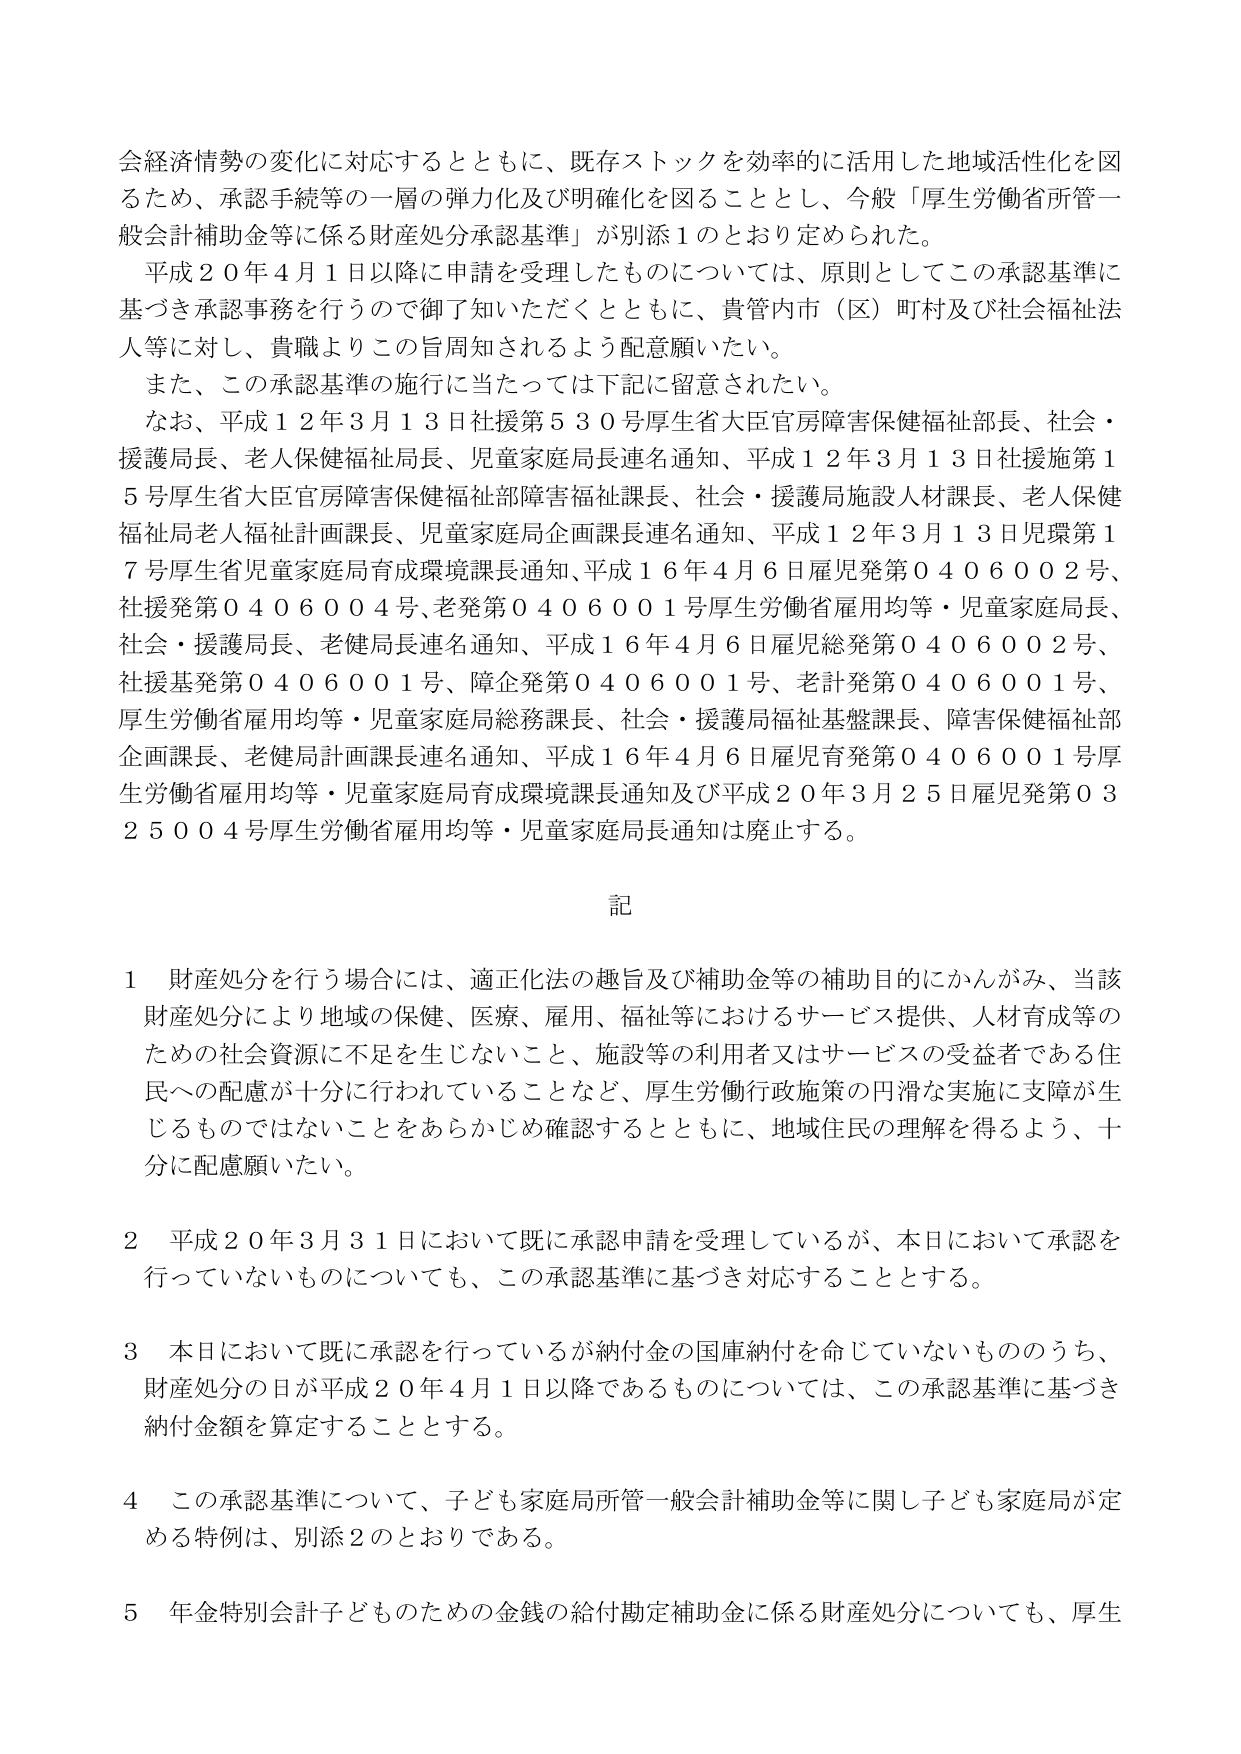
会経済情勢の変化に対応するとともに、既存ストックを効率的に活用した地域活性化を図るため、承認手続等の一層の弾力化及び明確化を図ることとし、今般「厚生労働省所管一般会計補助金等に係る財産処分承認基準」が別添１のとおり定められた。

平成２０年４月１日以降に申請を受理したものについては、原則としてこの承認基準に基づき承認事務を行うので御了知いただくとともに、貴管内市（区）町村及び社会福祉法人等に対し、貴職よりこの旨周知されるよう配意願いたい。

また、この承認基準の施行に当たっては下記に留意されたい。

なお、平成１２年３月１３日社援第５３０号厚生省大臣官房障害保健福祉部長、社会・援護局長、老人保健福祉局長、児童家庭局長連名通知、平成１２年３月１３日社援第１５号厚生省大臣官房障害保健福祉部障害福祉課長、社会・援護局施設人材課長、老人保健福祉局老人福祉計画課長、児童家庭局企画課長連名通知、平成１２年３月１３日児環第１７号厚生省児童家庭局育成環境課長通知、平成１６年４月６日雇児発第０４０６００２号、社援発第０４０６００４号、老発第０４０６００１号厚生労働省雇用均等・児童家庭局長、社会・援護局長、老健局長連名通知、平成１６年４月６日雇児総発第０４０６００２号、社援基発第０４０６００１号、障企発第０４０６００１号、老計発第０４０６００１号、厚生労働省雇用均等・児童家庭局総務課長、社会・援護局福祉基盤課長、障害保健福祉部企画課長、老健局計画課長連名通知、平成１６年４月６日雇児育発第０４０６００１号厚生労働省雇用均等・児童家庭局育成環境課長通知及び平成２０年３月２５日雇児発第０３２５００４号厚生労働省雇用均等・児童家庭局長通知は廃止する。

記

１　財産処分を行う場合には、適正化法の趣旨及び補助金等の補助目的にかんがみ、当該財産処分により地域の保健、医療、雇用、福祉等におけるサービス提供、人材育成等のための社会資源に不足を生じないこと、施設等の利用者又はサービスの受益者である住民への配慮が十分に行われていることなど、厚生労働行政施策の円滑な実施に支障が生じるものではないことをあらかじめ確認するとともに、地域住民の理解を得るよう、十分に配慮願いたい。

２　平成２０年３月３１日において既に承認申請を受理しているが、本日において承認を行っていないものについても、この承認基準に基づき対応することとする。

３　本日において既に承認を行っているが納付金の国庫納付を命じていないもののうち、財産処分の日が平成２０年４月１日以降であるものについては、この承認基準に基づき納付金額を算定することとする。

４　この承認基準について、子ども家庭局所管一般会計補助金等に関し子ども家庭局が定める特例は、別添２のとおりである。

５　年金特別会計子どものための金銭の給付勘定補助金に係る財産処分についても、厚生